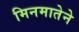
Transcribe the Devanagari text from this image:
मिनमातेने